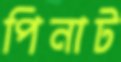
পিনাট